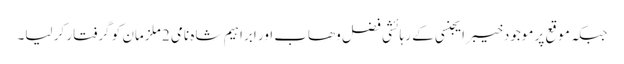
جبکہ موقع پر موجودخیبر ایجنسی کے رہائشی فضل وھاب اور ابراہیم شاہ نامی 2 ملزمان کو گرفتار کر لیا۔